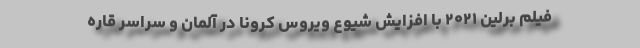
فیلم برلین ۲۰۲۱ با افزایش شیوع ویروس کرونا در آلمان و سراسر قاره